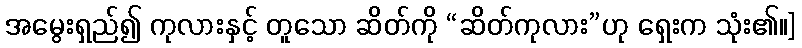
အမွေးရှည်၍ ကုလားနှင့် တူသော ဆိတ်ကို “ဆိတ်ကုလား”ဟု ရှေးက သုံး၏။]